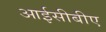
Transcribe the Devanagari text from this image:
आईसीबीए